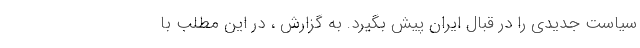
سیاست جدیدی را در قبال ایران پیش بگیرد. به گزارش ، در این مطلب با